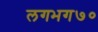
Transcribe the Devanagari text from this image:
लगभग७०